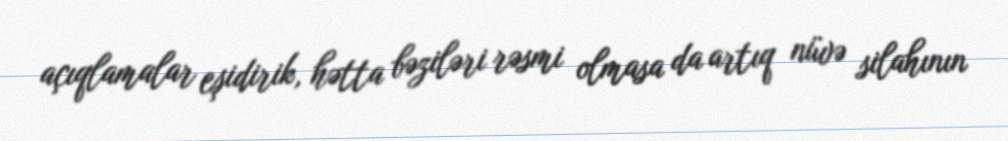
açıqlamalar eşidirik, hətta bəziləri rəsmi olmasa da artıq nüvə silahının